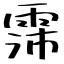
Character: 霈